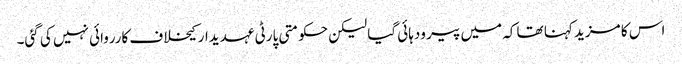
اس کا مزید کہنا تھا کہ میں پیر ودہائی گیا لیکن حکومتی پارٹی عہدیدار کیخلاف کارروائی نہیں کی گئی۔